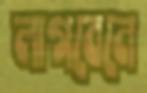
লাগবেনে